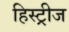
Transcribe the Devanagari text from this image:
हिस्ट्रीज